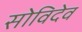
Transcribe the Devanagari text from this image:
सोविदेव